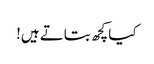
کیا کچھ بتاتے ہیں!